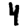
Digit: 4